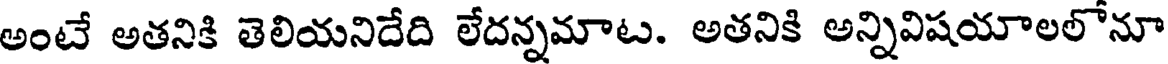
అంటే అతనికి తెలియనిదేది లేదన్నమాట. అతనికి అన్నివిషయాలలోనూ